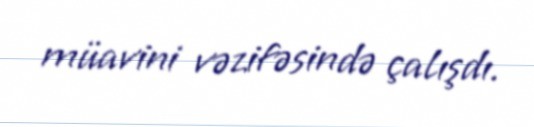
müavini vəzifəsində çalışdı.